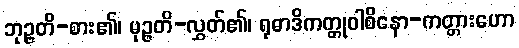
ဘုဉ္ဇတိ-စား၏၊ မုဉ္ဇတိ-လွှတ်၏၊ ရုဓာဒိကတ္တုဝါစိနော-ကတ္တားဟော